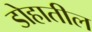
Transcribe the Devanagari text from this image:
डोहातील